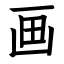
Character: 画